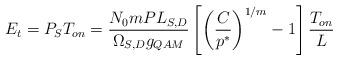
LaTeX: \begin{align*} E_{t} = P_{S}T_{on} = \frac{N_{0}m PL_{S,D}}{\Omega_{S,D}g_{QAM}} \left[ \left(\frac{C}{p^{*}}\right)^{1/m} - 1\right] \frac{T_{on}}{L}\end{align*}